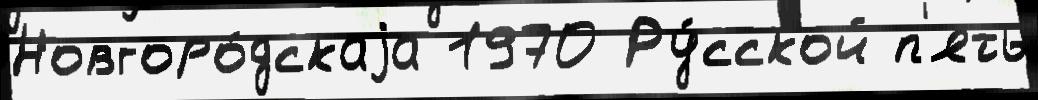
Новгоро́дскаjа 1970 Ру́сской п'ять